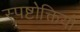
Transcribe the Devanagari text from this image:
स्पष्टोक्तियों